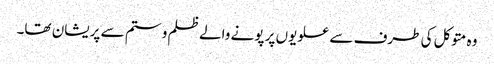
وہ متوکل کی طرف سے علویوں پر پونے والے ظلم و ستم سے پریشان تھا۔